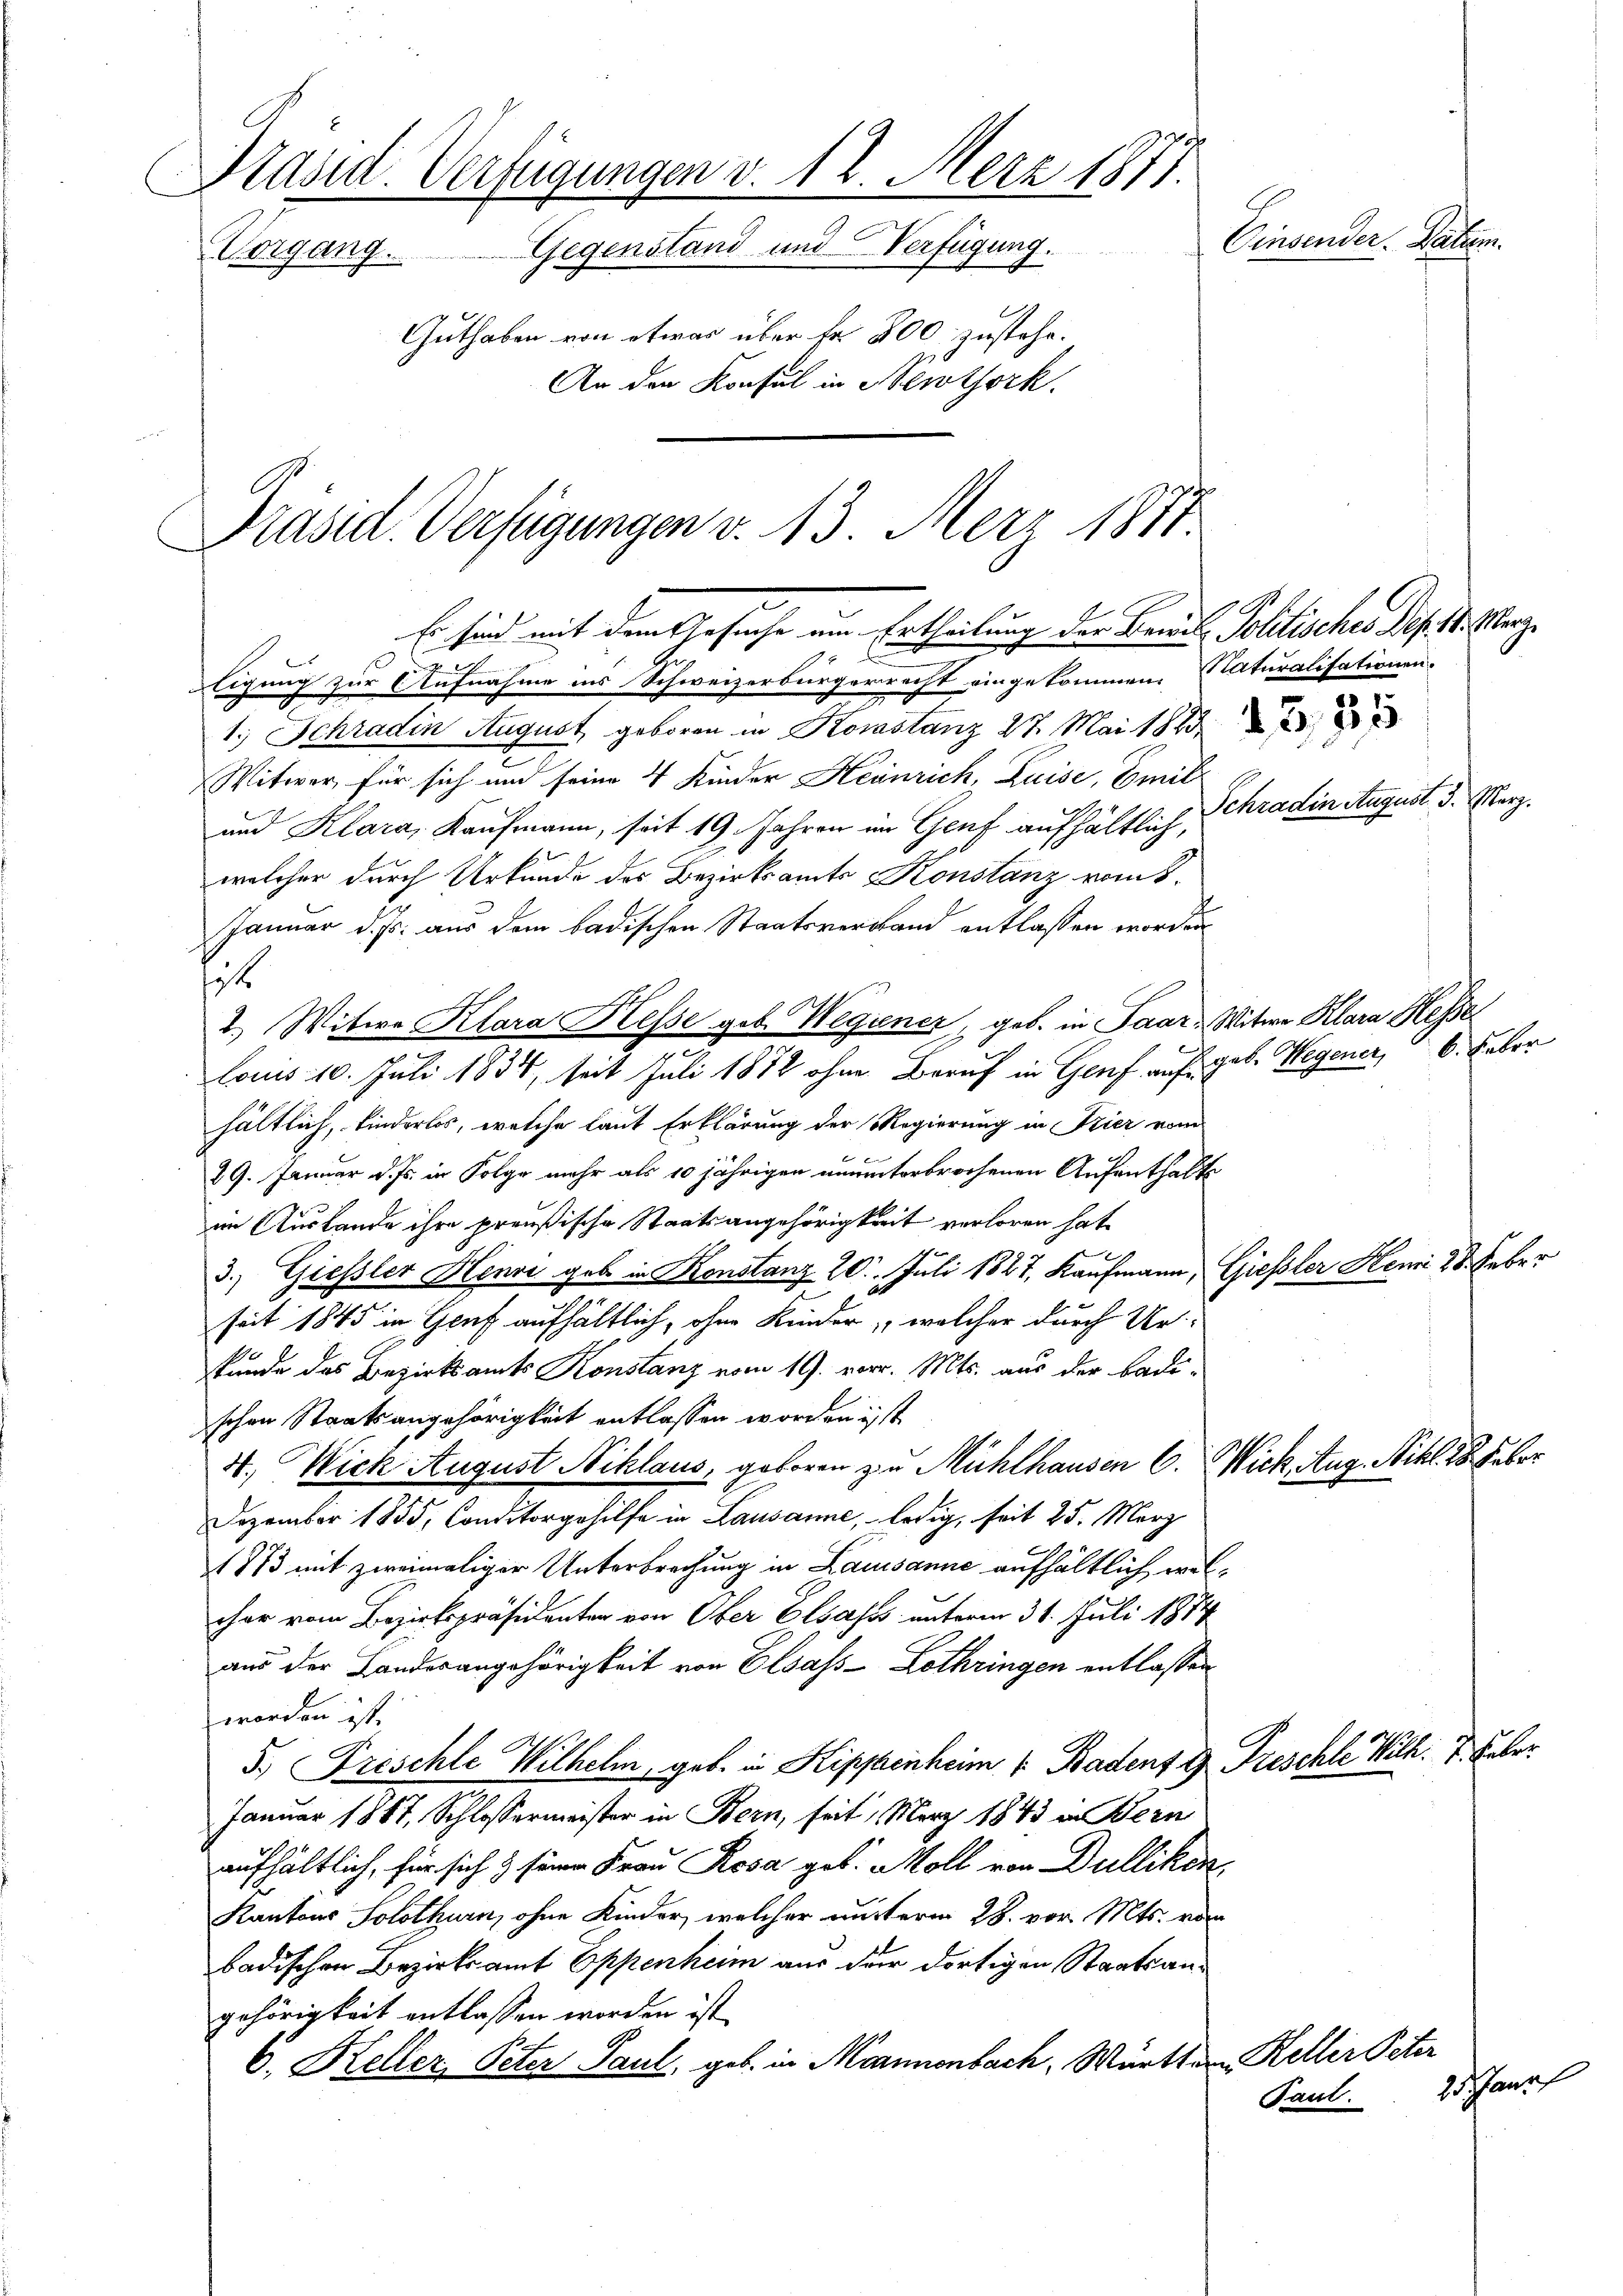
Präsid. Verfügungen v. 12. Merz 1871.
Consende Sachen
Vorgang. Gegenstand und Verfügung.
Guthaben von etwas über fr. 800 zustehe.
An der Konsul in Newtork.

Präsid. Verfügungen v. 13. März 1877.
Es sind mit dem Gesuche am Ertheilung der Braut Politisches des 14. Merz

ligung zur Aufnahme ins Schweizerbürgerrecht eingekommen. Naturalisationen.
1.) Schradin August geboren in Kosastanz 27. Mai 1883
Witwer für sich und seine 4 Kinder Heinrich, Luise, Emil¬
und Klara, Kaufmann, seit 19. Jahren im Genf aufhältlich,
welcher durch Urkunde des Bezirksamts Konstanz vom 8.
Januar d. Js. aus dem badischen Staatsverband entlassen worden.
et
2.) Witwe Klara Hesse geb. Wegiener, geb. in Paar Witwe Klara Hesse
louis 10. Juli 1834, seit Juli 1872 ohne Beruf in Genf auf gab. Wegener, 6. Faber
hältlich, kinderlos, welche laut Erklärung der Regierung in Trier vom
29. Januar d. Js. in Folge mehr als 10 jährigen ununterbrochenen Aufenthalte
im Auslande ihre preußische Staatsangehörigkeit verloren hat,
3.) Giessler Henri geb. in Konstanz 20. Juli 1827, Kaufmann, Giessler Hemi 28. Feber
seit 1845 in Genf aufhältlich, ohne Kinder, welcher durch Ur
kunde des Bezirksamts Konstanz vom 19. vor. Mts. aus der Badeschen Staatsangehörigkeit entlassen worden ist.
4., Wick August Niklaus, geboren zu Mühlhausen 6. Wick. Aug. Sihl 28. Feber
Dezember 1855, Conditorgehilfe in Lausanne, ledig, seit 25. März
1873 mit zweimaliger Unterbrechung in Lausanne aufhältlich, welcher vom Bezirkspräsidenter von Ober Elsass unterm 31. Juli 1874
aus der Landesangehörigkeit von Elsass-Lothringen entlassen
worden ist.
5.) Freschle Wilhelm, geb. in Kippenheim u Badent G. Freschle Wilh. 1. Feber
Januar 1887, Schlossermeister in Bern, seit März 1843 in Bern
aufhältlich, für sich & seine Frau Rosa geb. Moll von Dulliken,
Kantons Solothurn, ohne Kinder, welcher unsterm 28. vor. Mts. von
badischen Bezirksamt Eppenheim aus der dortigen Staatsangehörigkeit entlassen worden ist
6. Keller, Peter Paul, geb. in Mannenbach, Württen Keller Peter

Schradin August d. Merz.

2 anal
Taut.